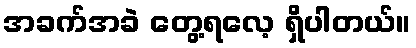
အခက်အခဲ တွေ့ရလေ့ ရှိပါတယ်။